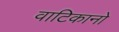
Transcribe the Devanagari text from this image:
वाटिकानो